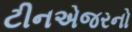
ટીનએજરનો